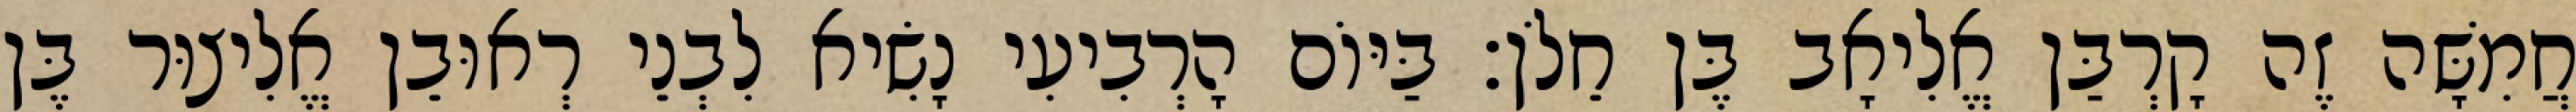
חֲמִשָּׁה זֶה קָרְבַּן אֱלִיאָב בֶּן חֵלֹן׃ בַּיּוֹם הָרְבִיעִי נָשִׂיא לִבְנֵי רְאוּבֵן אֱלִיצוּר בֶּן